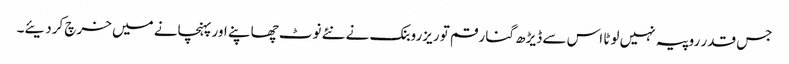
جس قدر روپیہ نہیں لوٹا اس سے ڈیڑھ گنا رقم تو ریزروبنک نے نئے نوٹ چھاپنے اور پہنچانے میں خرچ کردیئے۔